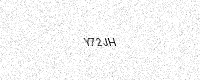
Text: Y72JH